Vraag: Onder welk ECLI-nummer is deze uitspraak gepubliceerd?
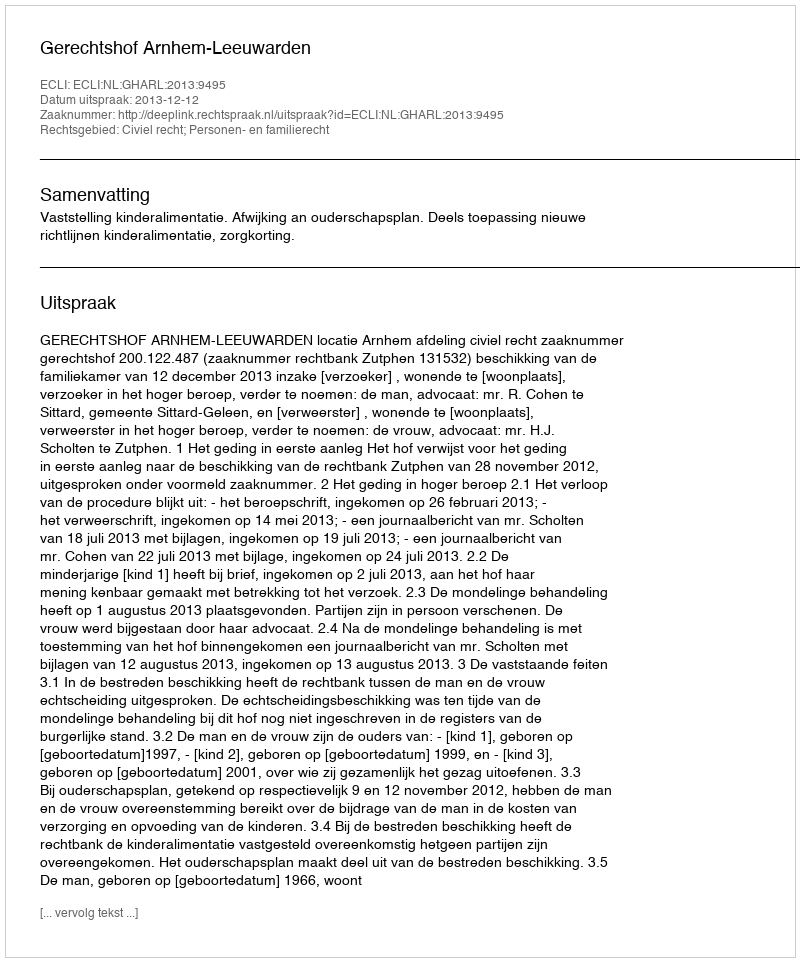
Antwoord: ECLI:NL:GHARL:2013:9495